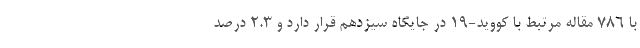
با ۷۸۶ مقاله مرتبط با کووید-۱۹ در جایگاه سیزدهم قرار دارد و ۲.۳ درصد